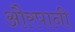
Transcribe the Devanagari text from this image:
औरपानी